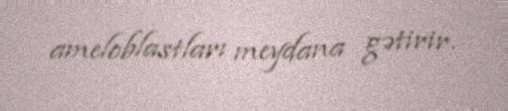
ameloblastları meydana gətirir.